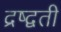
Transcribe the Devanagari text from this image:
द्रष्द्वती